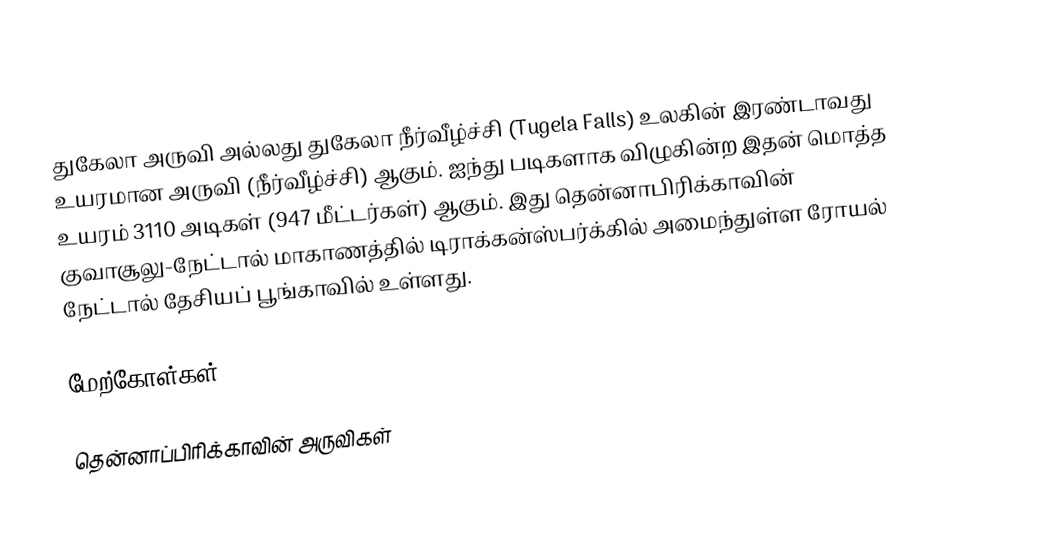
துகேலா அருவி அல்லது துகேலா நீர்வீழ்ச்சி (Tugela Falls) உலகின் இரண்டாவது உயரமான அருவி (நீர்வீழ்ச்சி) ஆகும். ஐந்து படிகளாக விழுகின்ற இதன் மொத்த உயரம் 3110 அடிகள் (947 மீட்டர்கள்) ஆகும். இது தென்னாபிரிக்காவின் குவாசூலு-நேட்டால் மாகாணத்தில் டிராக்கன்ஸ்பர்க்கில் அமைந்துள்ள ரோயல் நேட்டால் தேசியப் பூங்காவில் உள்ளது.

மேற்கோள்கள்

தென்னாப்பிரிக்காவின் அருவிகள்